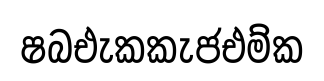
ෂබඑැකකැජඑම්ක